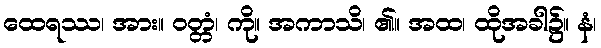
ထေရဿ၊ အား။ ဝတ္တံ၊ ကို။ အကာသိ၊ ၏။ အထ၊ ထိုအခါ၌။ နံ၊